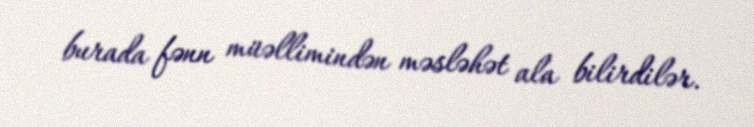
burada fənn müəllimindən məsləhət ala bilirdilər.